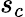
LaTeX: s_{c}